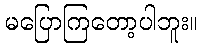
မပြောကြတော့ပါဘူး။